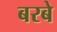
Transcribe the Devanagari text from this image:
बरबे